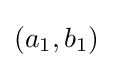
(a_{1},b_{1})